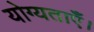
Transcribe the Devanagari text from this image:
योग्यताएँ।